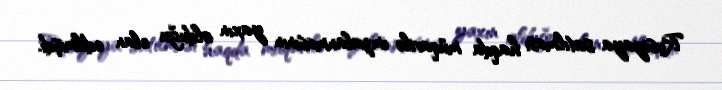
Rusiyaya satılması haqda müqavilə imzalanmasının yaxın olduğu elan edilmişdi.